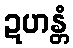
ဍဟန္တံ